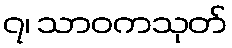
၇၊ သာဝကသုတ်